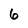
Character: 6